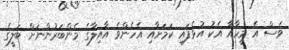
ވެސް އެ މީހާއާ އެކު އުޅެފައި ކަމަށާއި އެހެންވެ އާއިލާގެ މެންބަރުންނަށް ބަލީގެ